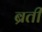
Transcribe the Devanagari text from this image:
ब्रती